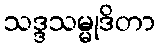
သဒ္ဒသမ္မုဒိတာ